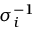
\sigma _ { i } ^ { - 1 }